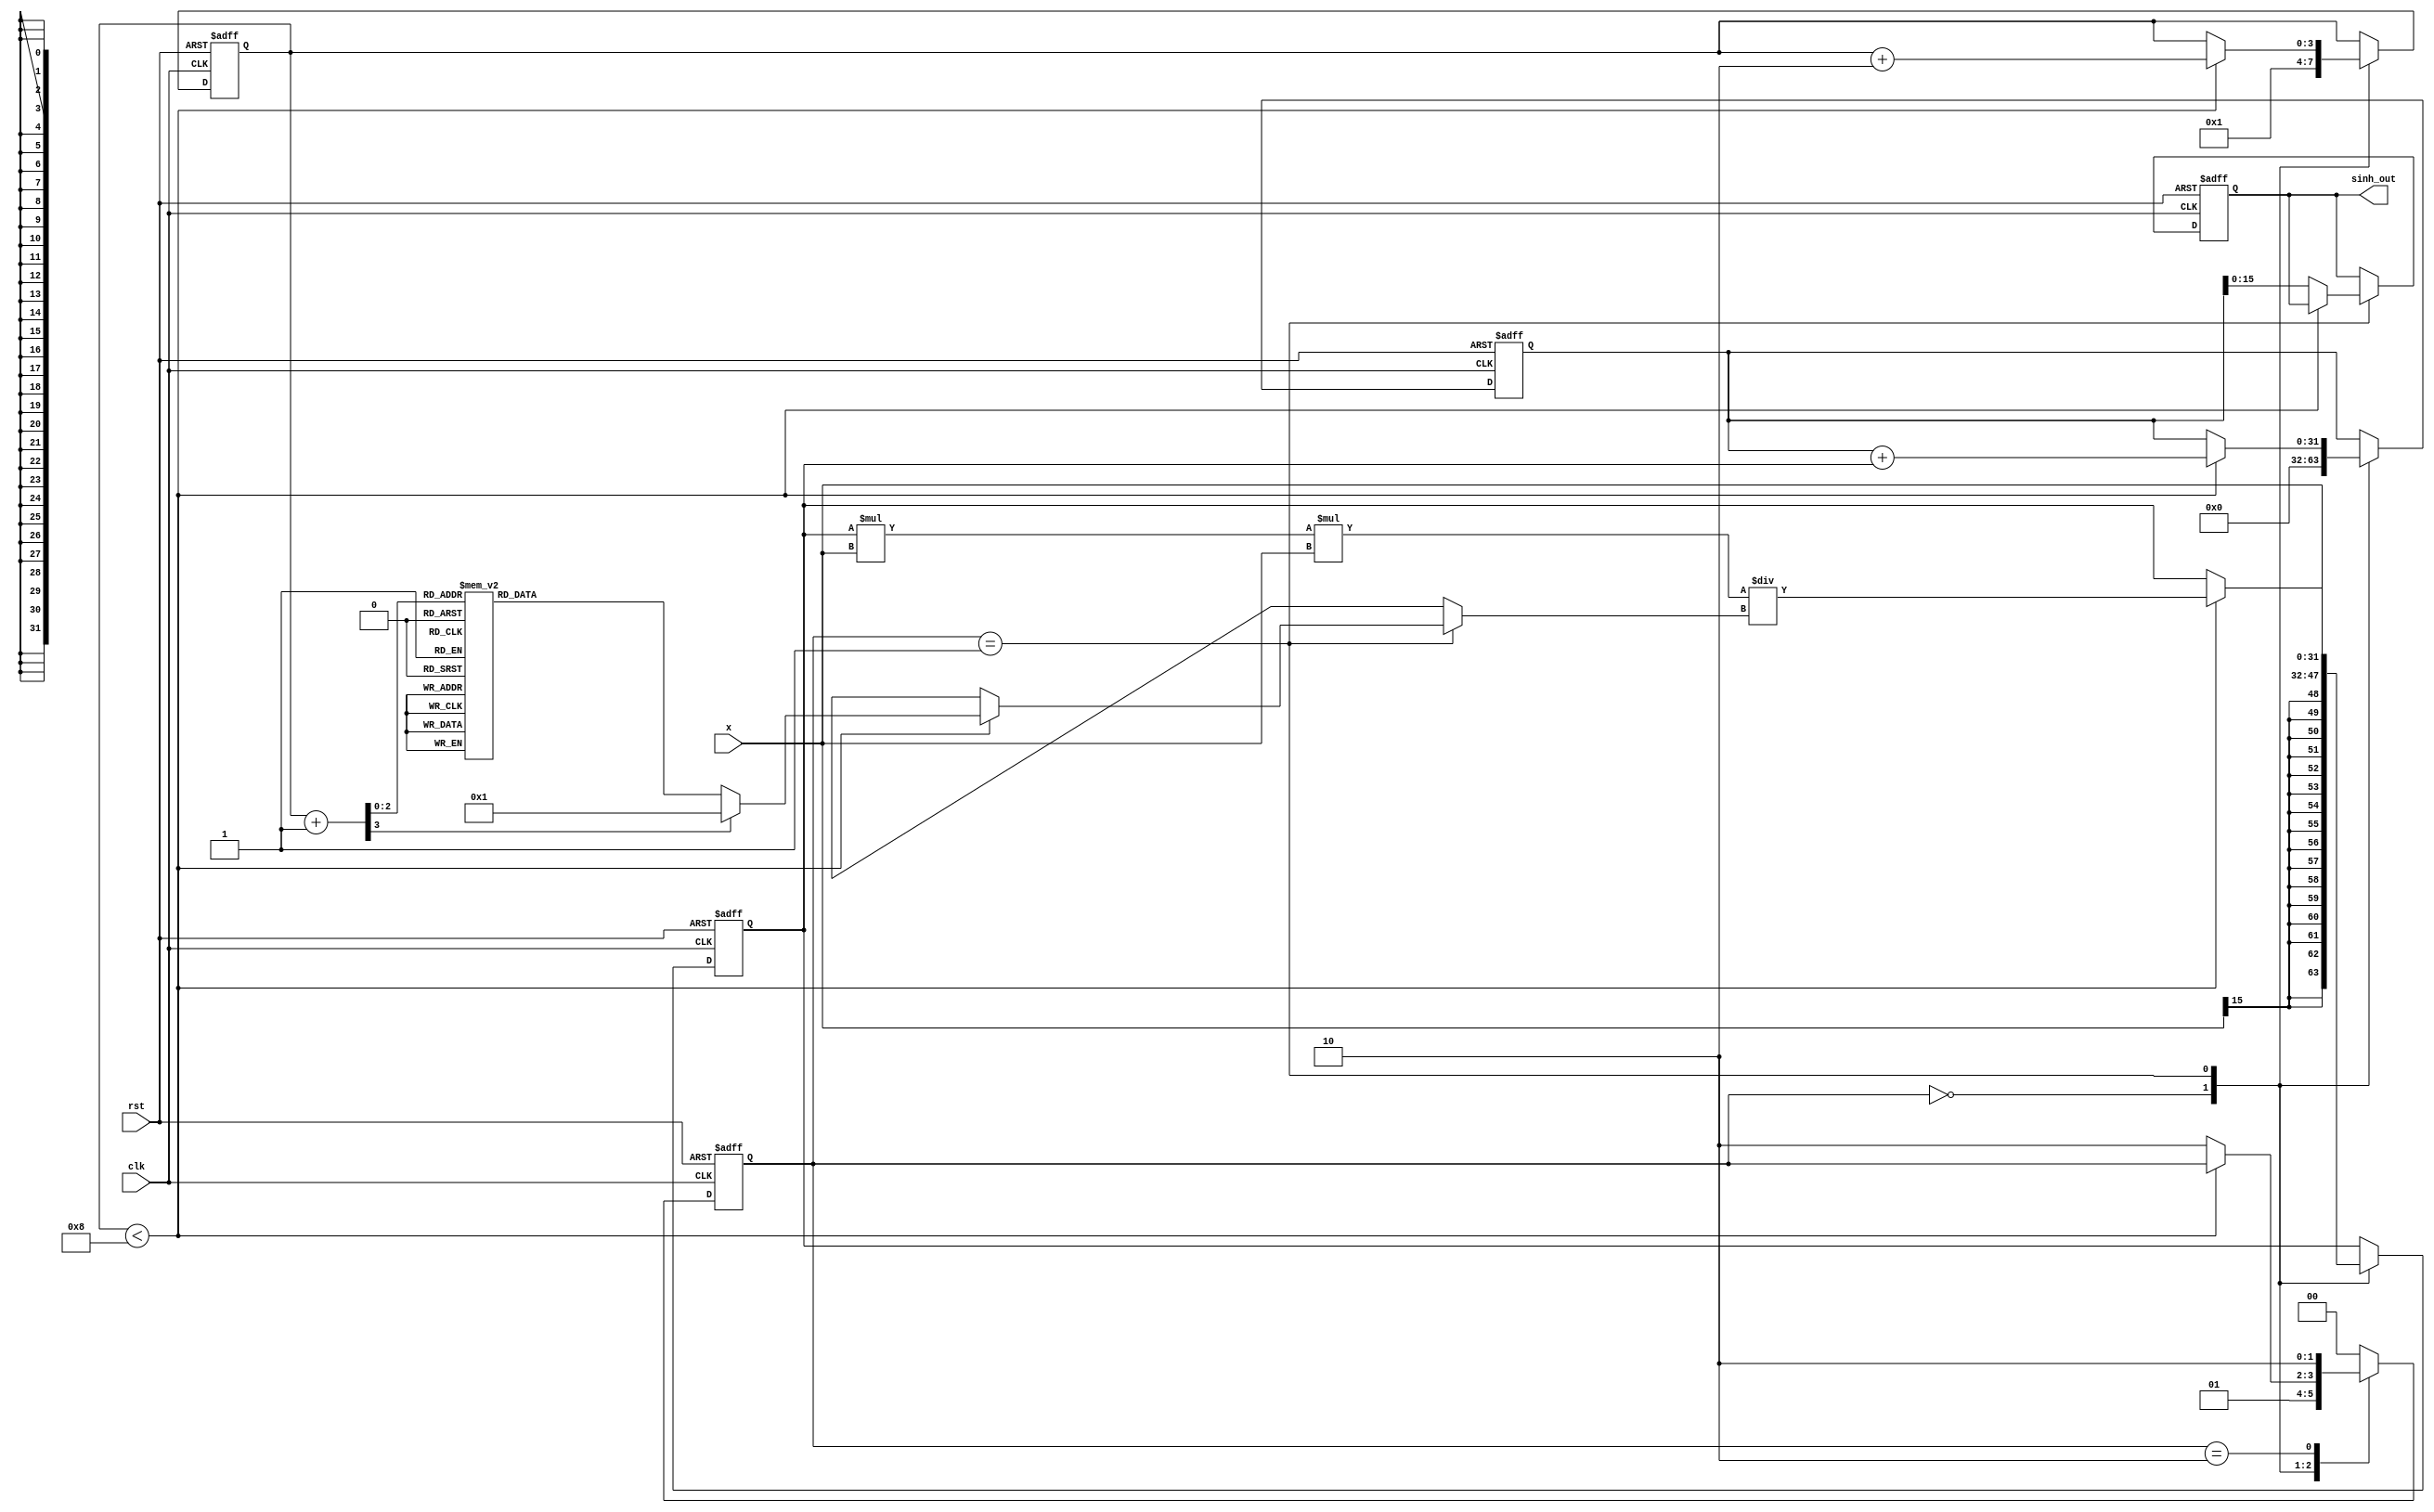
module sinh_block (
    input  wire signed [15:0] x,       // Input value (fixed-point representation)
    output reg  signed [15:0] sinh_out, // Output value
    input  wire clk,                    // Clock signal
    input  wire rst                     // Reset signal
);

    // Internal registers for computation
    reg signed [31:0] term;             // Current term in the series
    reg signed [31:0] sum;              // Accumulated sum
    reg [3:0] n;                        // Counter for the series terms
    reg [1:0] state;                    // State machine for control

    // State definitions
    localparam IDLE = 2'b00;
    localparam COMPUTE = 2'b01;
    localparam DONE = 2'b10;

    // Factorial values for the Taylor series
    function [31:0] factorial;
        input [3:0] n;
        begin
            case (n)
                0: factorial = 1;
                1: factorial = 1;
                2: factorial = 2;
                3: factorial = 6;
                4: factorial = 24;
                5: factorial = 120;
                6: factorial = 720;
                7: factorial = 5040;
                default: factorial = 1; // Default case
            endcase
        end
    endfunction

    // State machine for computing sinh
    always @(posedge clk or posedge rst) begin
        if (rst) begin
            sinh_out <= 0;
            sum <= 0;
            term <= 0;
            n <= 0;
            state <= IDLE;
        end else begin
            case (state)
                IDLE: begin
                    sum <= 0;
                    term <= x; // First term is x
                    n <= 1; // Start with the first term
                    state <= COMPUTE;
                end

                COMPUTE: begin
                    if (n < 8) begin // Limit to 7 terms for approximation
                        sum <= sum + term; // Add current term to sum
                        term <= (term * x * x) / factorial(n + 1); // Calculate next term
                        n <= n + 2; // Increment n by 2 for the next term
                    end else begin
                        sinh_out <= sum[15:0]; // Output the result (taking lower 16 bits)
                        state <= DONE;
                    end
                end

                DONE: begin
                    // Stay in DONE state until reset
                    state <= DONE;
                end

                default: state <= IDLE; // Safety default
            endcase
        end
    end
endmodule